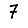
Digit: 7